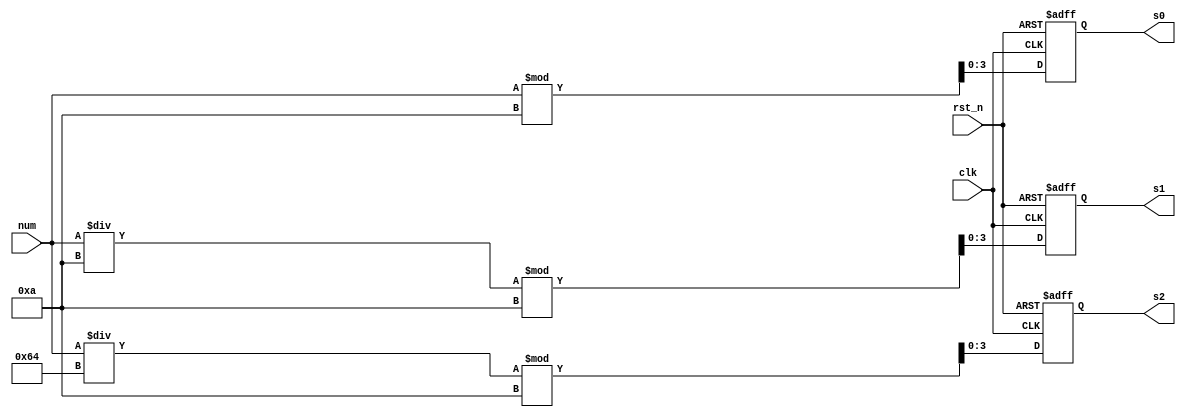
module convert(
    input clk,
    input rst_n,
    input wire [9:0] num,
    output reg[3:0] s0,
    output reg[3:0] s1,
    output reg[3:0] s2
);

always @(posedge clk or negedge rst_n) begin
    if (!rst_n) begin
        s0 <= 0;
        s1 <= 0;
        s2 <= 0;
    end
    else begin
        s0 <= num % 10;
        s1 <= num / 10 % 10;
        s2 <= num / 100 % 10;
    end
end

endmodule